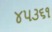
૪૫૩૬૧